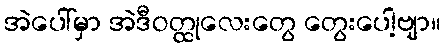
အဲပေါ်မှာ အဲဒီဝတ္ထုလေးတွေ တွေးပေါ့ဗျာ။